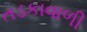
તડકાવાળી